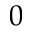
0